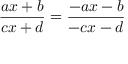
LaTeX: { \frac { a x + b } { c x + d } } = { \frac { - a x - b } { - c x - d } }